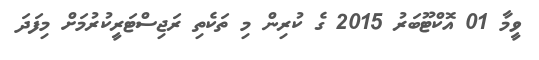
ވީމާ 01 އޮކްޓޫބަރު 2015 ގެ ކުރިން މި ތަކެތި ރަޖިސްޓަރީކުރުމަށް މިފަދަ